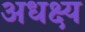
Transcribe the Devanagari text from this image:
अधक्ष्य